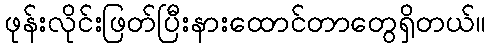
ဖုန်းလိုင်းဖြတ်ပြီးနားထောင်တာတွေရှိတယ်။